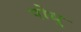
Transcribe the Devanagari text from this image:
पोधू